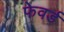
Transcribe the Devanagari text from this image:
फेवर्ड